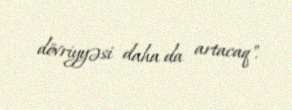
dövriyyəsi daha da artacaq".